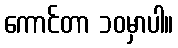
ကောင်တာ ၁၀မှာပါ။